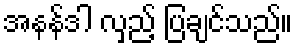
အနန်ဒါ လှည့် ပြချင်သည်။